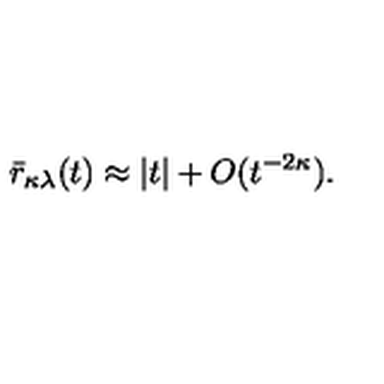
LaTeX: \bar { r } _ { \kappa \lambda } ( t ) \approx | t | + O ( t ^ { - 2 \kappa } ) .